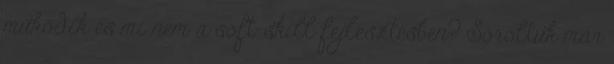
működik és mi nem a soft-skill fejlesztésben? Soroltuk már